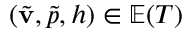
( \tilde { \mathbf { v } } , \tilde { p } , h ) \in \mathbb { E } ( T )